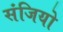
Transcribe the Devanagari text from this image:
संजियो